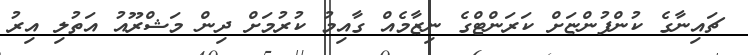
ޗައިނާގެ ކުންފުންޏަށް ކަރަންޓްގެ ނިޒާމެއް ގާއިމު ކުރުމަށް ދިން މަޝްރޫއު އަތުލި އިރު